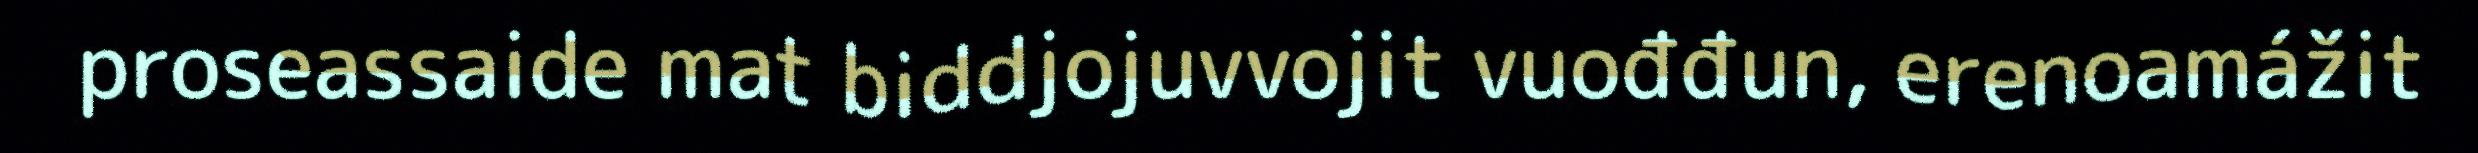
proseassaide mat biddjojuvvojit vuođđun, erenoamážit